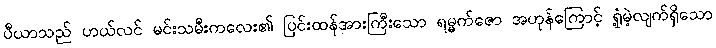
ပီယာသည် ဟယ်လင် မင်းသမီးကလေး၏ ပြင်းထန်အားကြီးသော ရမ္မက်ဇော အဟုန်ကြောင့် ရှုံ့မဲ့လျက်ရှိသော